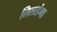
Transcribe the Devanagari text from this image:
तिलडंगा